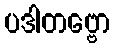
ပဒါတဗ္ဗော